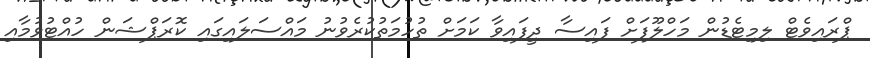
ޕްރައިވެޓް ލިމިޓެޑުން މަހްލޫފަށް ފައިސާ ދީފައިވާ ކަމަށް ތުހުމަތުކުރެވުނު މައްސަލައިގައި ކޮރަޕްޝަން ހުއްޓުވުމާއި